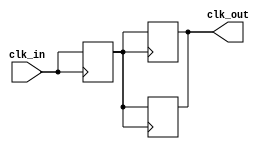
module basic_clock_buffer (
    input wire clk_in,  // Input clock signal
    output reg clk_out   // Buffered clock output signal
);

// Parameter to set propagation delay (for simulation purposes)
parameter PROP_DELAY = 1; // Adjust as needed for your specific technology

// Internal signal to create a buffered version of the clock
reg clk_buff;

// Always block to model the buffer behavior
always @(posedge clk_in) begin
    #PROP_DELAY clk_buff <= clk_in; // Capture input clock with delay
end

// Always block for output clock signal
always @(posedge clk_buff) begin
    clk_out <= clk_buff; // Drive output with buffered clock
end

// Optionally, you may want to handle falling edge
always @(negedge clk_buff) begin
    clk_out <= clk_buff; // Update output on falling edge
end

endmodule